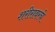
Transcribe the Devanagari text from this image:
शरीरावरचे